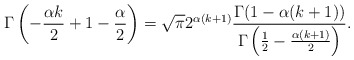
\begin{align*}\Gamma\left(-\frac{\alpha k}{2}+1-\frac{\alpha}{2}\right)= \sqrt{\pi}2^{\alpha(k+1)}\frac{\Gamma(1-\alpha(k+1))}{\Gamma\left(\frac{1}{2}-\frac{\alpha(k+1)}{2}\right)}.\end{align*}